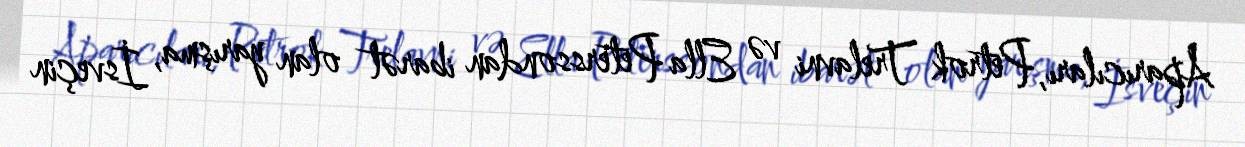
Aparıcıları, Petrok Trelavni və Ella Peterssondan ibarət olan yarışma, İsveçin